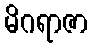
မိဂရာဇာ